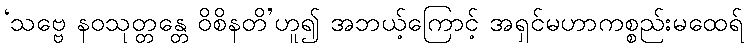
‘သဗ္ဗေ နဝသုတ္တန္တေ ဝိစိနတိ’ဟူ၍ အဘယ့်ကြောင့် အရှင်မဟာကစ္စည်းမထေရ်